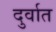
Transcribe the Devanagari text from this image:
दुर्वात